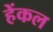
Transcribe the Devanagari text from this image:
हेंकल